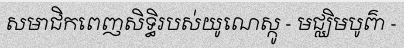
សមាជិកពេញសិទ្ធិរបស់យូណេស្កូ - មជ្ឈិមបូព៌ា -